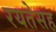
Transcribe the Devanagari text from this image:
रयतेसह